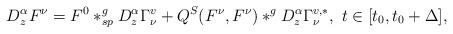
LaTeX: \begin{align*}D^{\alpha}_zF^{\nu}=F^0\ast^g_{sp}D^{\alpha}_z\Gamma^v_{\nu}+Q^S(F^{\nu},F^{\nu})\ast^g D^{\alpha}_z \Gamma^{v,*}_{\nu},~ t\in [t_0,t_0+\Delta],\end{align*}